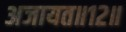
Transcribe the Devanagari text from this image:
अजायत॥१२॥